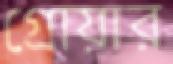
গ্রোয়ার